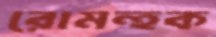
রোমন্হক